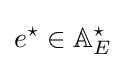
e^{\star }\in \mathbb {A} _{E}^{\star }